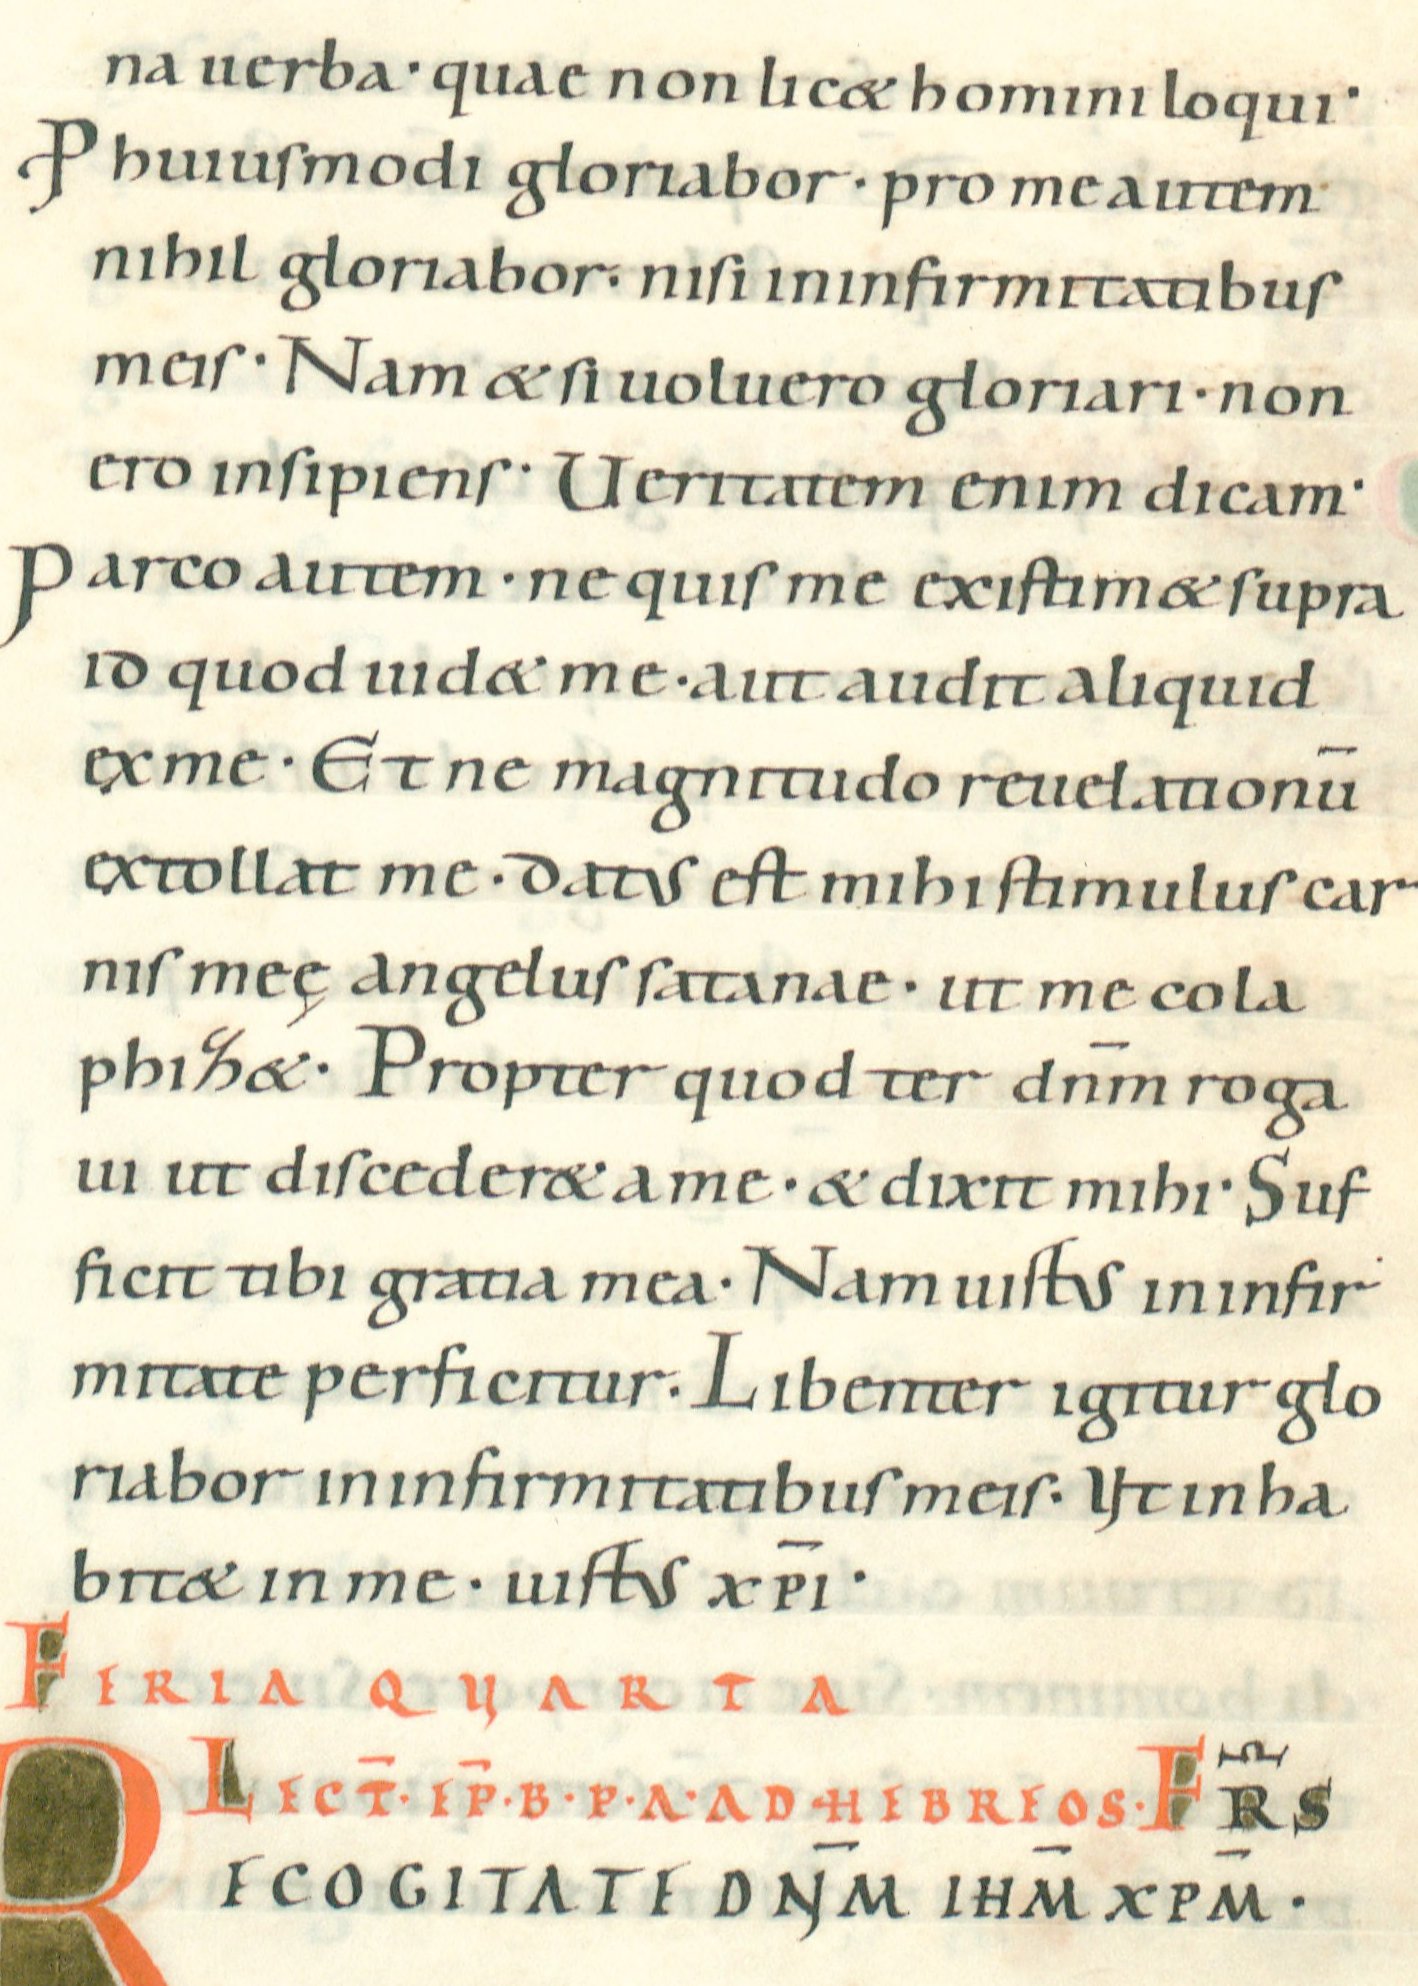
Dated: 1022–1036